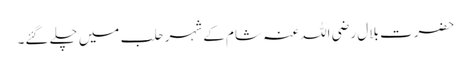
حضرت بلال رضی اللہ عنہ شام کے شہر حلب میں چلے گئے۔